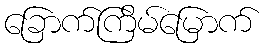
ခြောက်ကြိမ်မြောက်